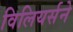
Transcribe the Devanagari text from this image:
विलियर्सने